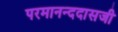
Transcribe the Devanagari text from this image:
परमानन्ददासजी